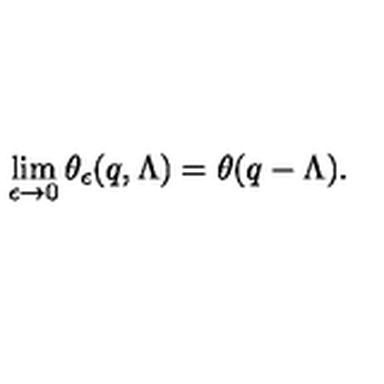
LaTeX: \lim _ { \epsilon \rightarrow 0 } \theta _ { \epsilon } ( q , \Lambda ) = \theta ( q - \Lambda ) .